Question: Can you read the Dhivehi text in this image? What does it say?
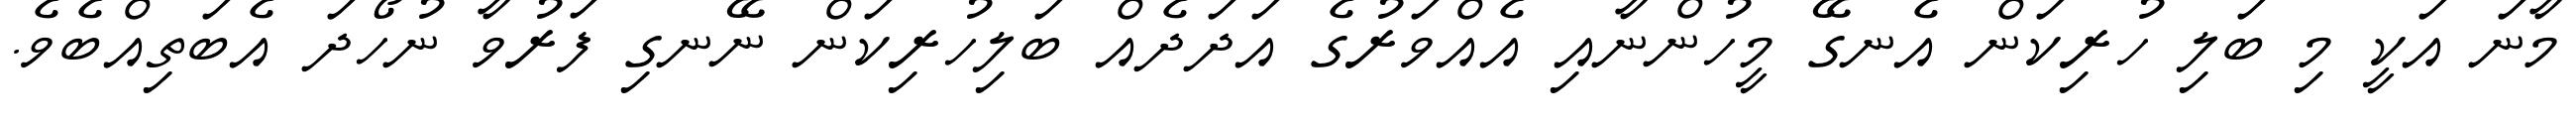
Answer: މާނަ އަކީ މި ބަލި ހުރިކަން އެނގޭ މީހުންނާއި އެއްވަރުގެ އަދަދެއް ބަލިހުރިކަން ނޭނގި ފަރުވާ ނުހޯދަ އެބަތިއްބެވެ.